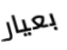
بعيار